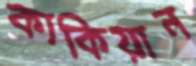
কাকিয়ান